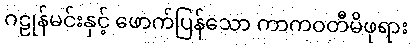
ဂဠုန်မင်းနှင့် ဖောက်ပြန်သော ကာကဝတီမိဖုရား